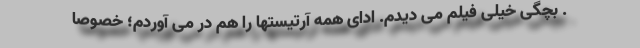
. بچگى خيلى فيلم مى ديدم. اداى همه آرتيستها را هم در مى آوردم؛ خصوصاً